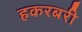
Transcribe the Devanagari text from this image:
हकरबरी